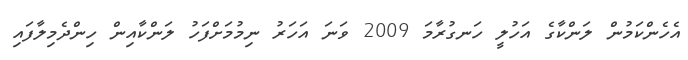
އެހެންކަމުން ލަންކާގެ އަހުލީ ހަނގުރާމަ 2009 ވަނަ އަހަރު ނިމުމަށްފަހު ލަންކާއިން ހިންދެމިލާފައި